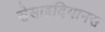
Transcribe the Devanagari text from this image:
सेसाइदियानस